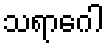
သရာဂေါ